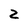
Character: Z